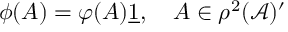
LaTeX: \phi ( A ) = \varphi ( A ) \underline { { { 1 } } } , \quad A \in \rho ^ { 2 } ( \mathcal { A } ) ^ { \prime }